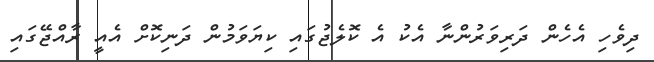
ދިވެހި އެހެން ދަރިވަރުންނާ އެކު އެ ކޮލެޖުގައި ކިޔަވަމުން ދަނިކޮށް އެއީ ރާއްޖޭގައި